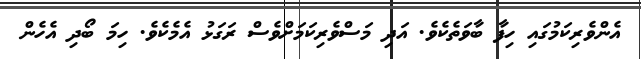
އެންވެރިކަމުގައި ހިފާ ބާވަތެކެވެ. އަދި މަސްވެރިކަމަށްވެސް ރަގަޅު އެމެކެވެ. ހިމަ ބޯދި އެހެން